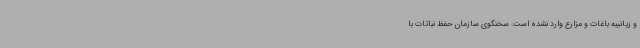
و زیانیبه باغات و مزارع وارد نشده است. سخنگوی سازمان حفظ نباتات با